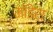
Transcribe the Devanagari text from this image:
मॉडेरा